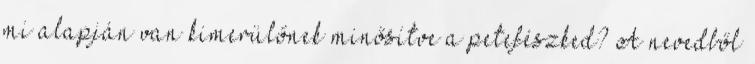
mi alapján van kimerülőnek minősítve a petefészked? A nevedből